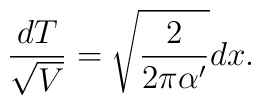
\frac{dT}{\sqrt{V}}=\sqrt{\frac{2}{2\pi\alpha'}}dx.